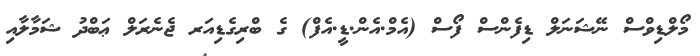
މޯލްޑިވްސް ނޭޝަނަލް ޑިފެންސް ފޯސް (އެމް.އެން.ޑީ.އެފް) ގެ ބްރިގެޑިއަރ ޖެނެރަލް ޢަބްދު ޝަމާލާއި